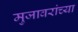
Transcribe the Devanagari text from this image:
मुजावरांच्या